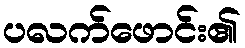
ပလက်ဖောင်း၏